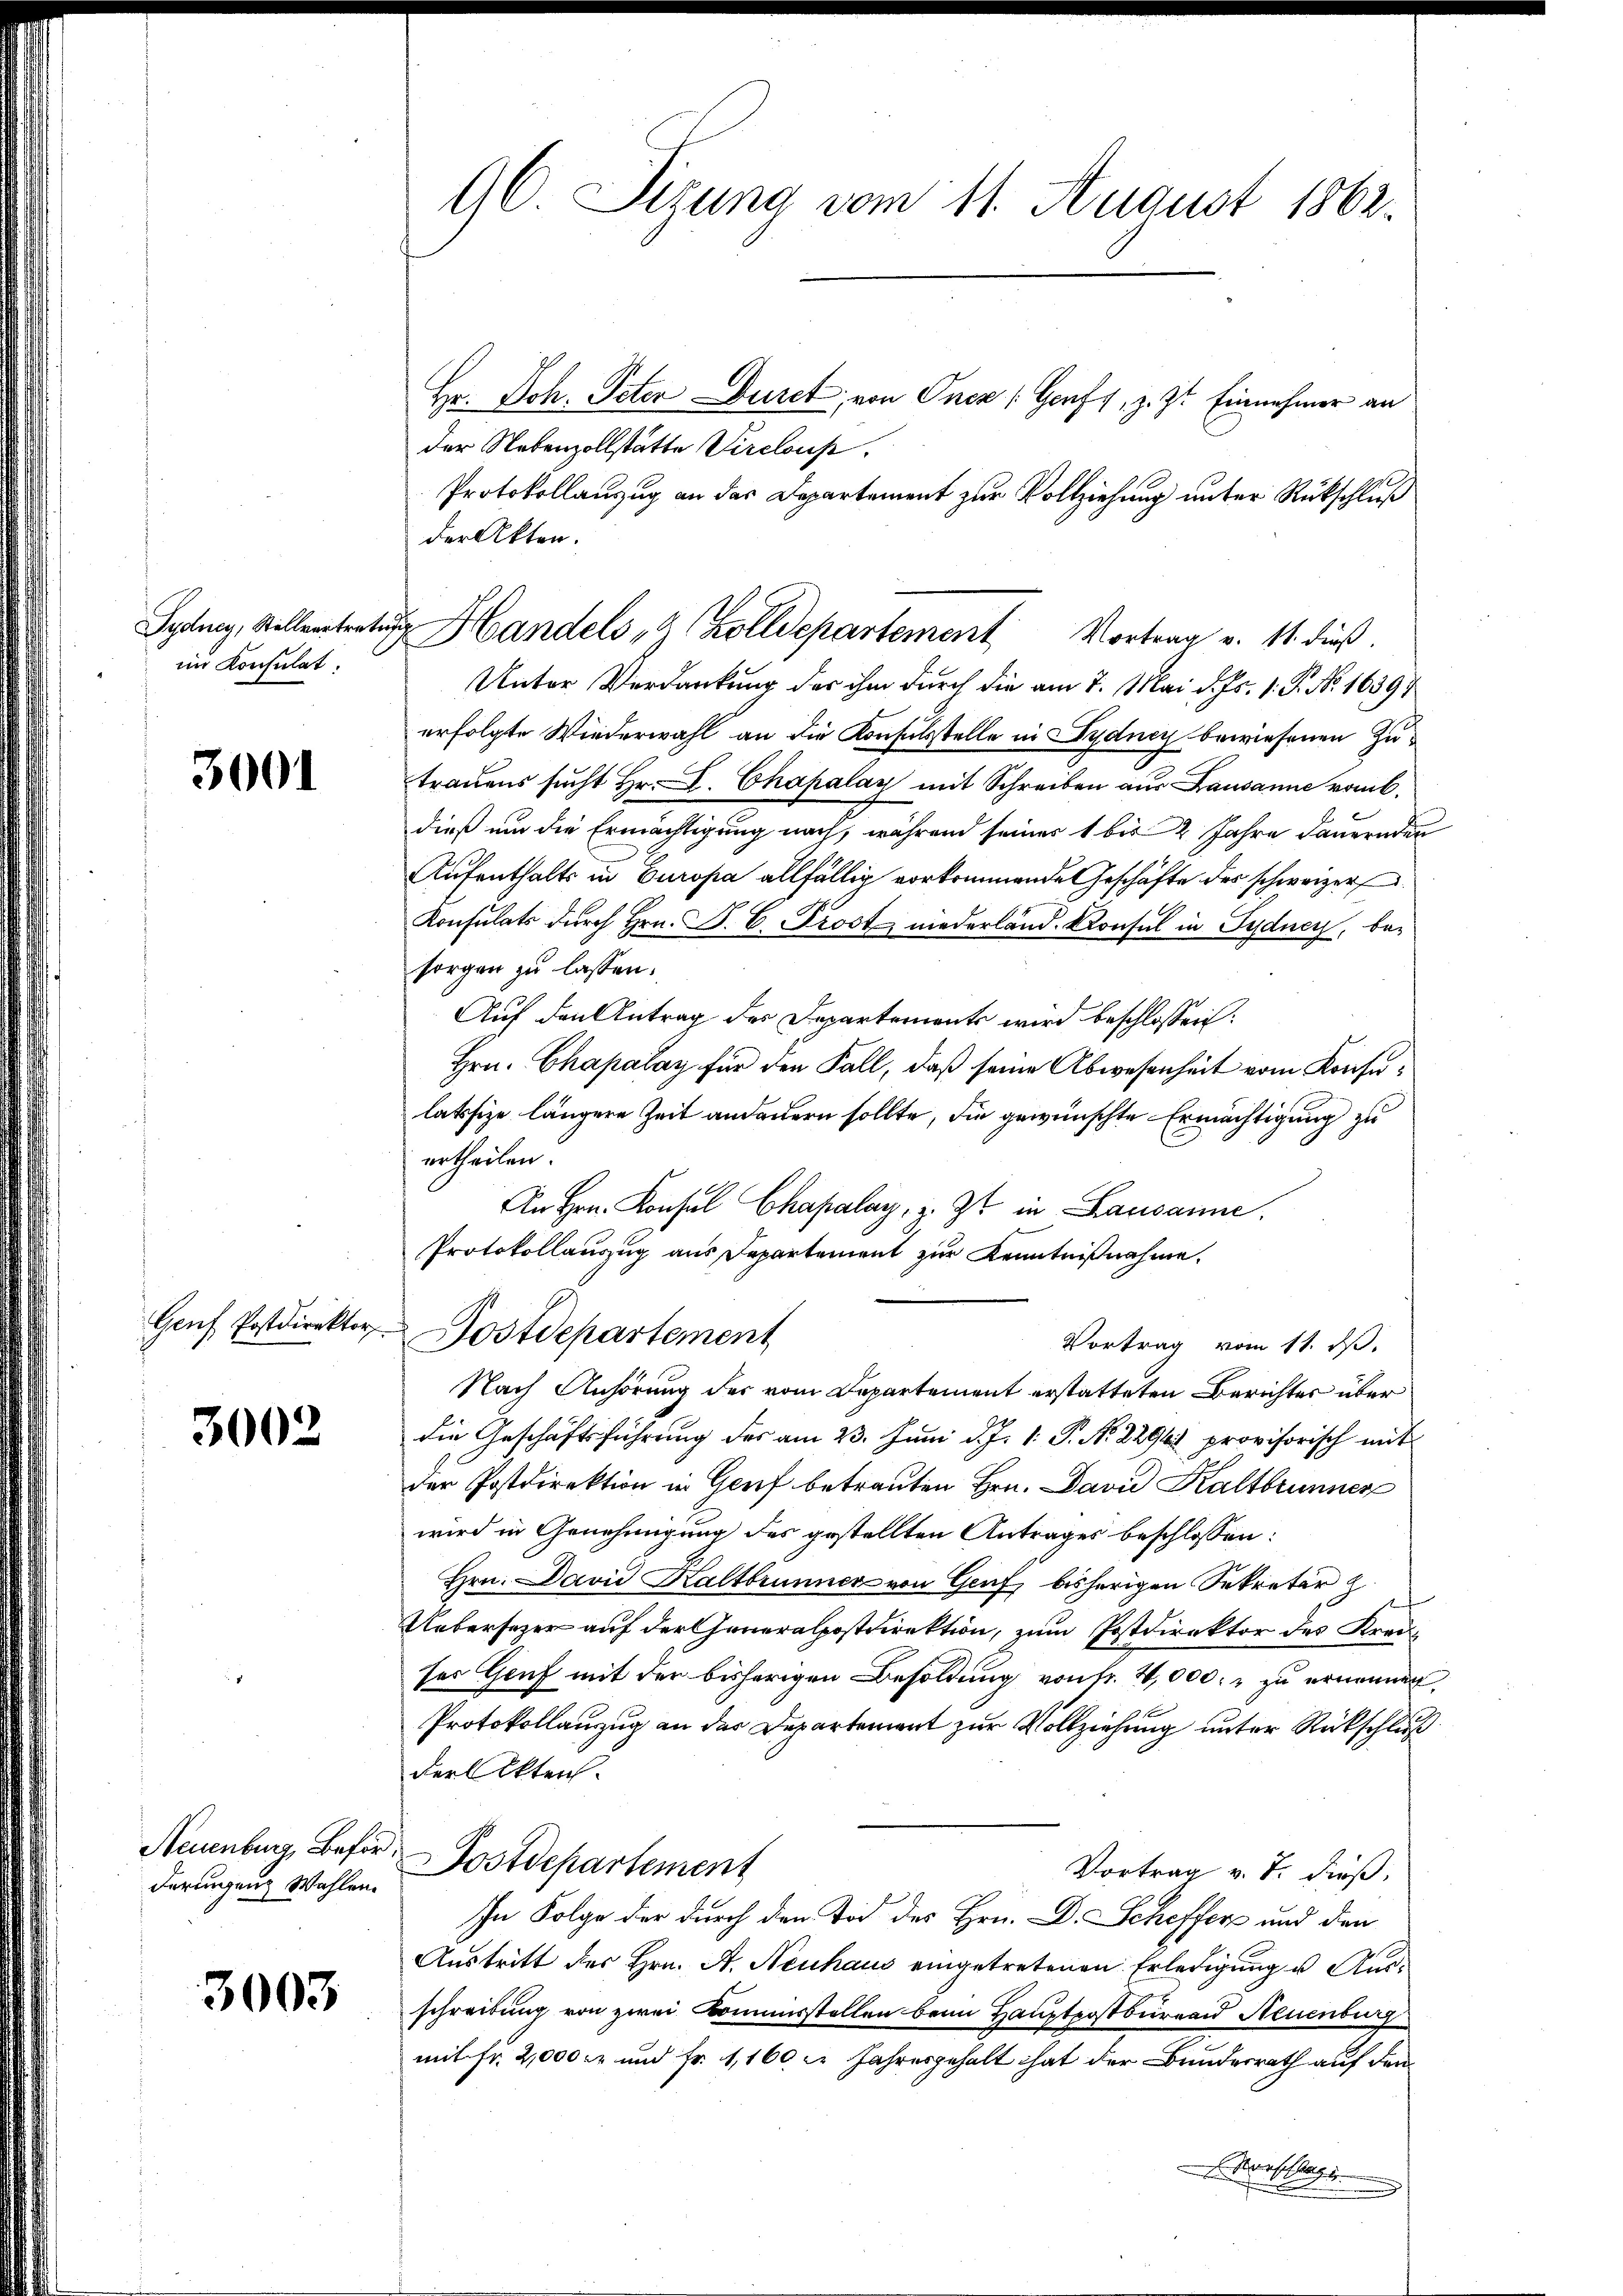
im Konsulat.

3001

Genf Postdirektor

3002

Neuenburg, Beförderingung Wahlen.

3003

96. Sizung vom 11. August 1862.

Hr. Joh. Peter Durch, von Oncz (Genft, z. Zt. Einnehmer an
der Nebenzollstätte Virclous.
Protokollanzug an das Departement zur Vollziehung unter Rückschluß
der Akten.
Unter Verdankung der ihm durch die am 7. Mai d. Js. 1. P. No. 16397
erfolgte Wiederwahl an die Konsulsstelle in Sydney bewiesenen Zutraŭens sucht Hr. L. Chapalay mit Schreiben aus Lausanne romb.
dieß um die Ermächtigung nach, während seiner 1 bis 2 Jahre dauernder
Aufenthalts in Europa allfällig vorkommende Geschäfte des schweizer
Konsulats durch Hrn. F. C. Prost niederland. Konsul in Sydney, besorgen zu lassen.
Auf den Antrag des Departements wird beschlossen:
Hrn. Chapalay für den Fall, daß seine Abwesenheit vom Konsulatfize längere Zeit andauern sollte, die gewünschte Ermächtigung zu
ertheilen.
An Hrn. Konsul Chapalay, z. Zt. in Lausanne.
Protokollauszug aus Departement zur Kenntnißnahme.
Postdepartement
Vortrag vom 11. ds.
Nach Anhörung der vom Departement erstatteten Berichtes über
die Geschäftsführung des am 23. Juni d. J. 1. P. Nr. 2296. provisorisch mit
der Postdirektion in Genf betrauten Hrn. David Kaltbrunner
wird in Genehmigung des gestellten Antrages beschlossen:
Hrn. David Kaltbrunner von Graf bisherigen Sekretär z.
Uebersezer auf der Generalpostdirektion, zum Postdirektor des Kreiser Genf mit der bisherigen Besoldung von Fr. 4,000. zu ernennen
Protokollanzug an der Departement zur Vollziehung unter Rückschluß
der Akten.
Postdepartement
Vortrag v. J. dieß,
In Folge der durch den Tod des Hrn. Dr. Scheffers und den
Austritt des Hrn. A. Neuhaus eingetretenen Erledigung u. Ausschreibung von zwei Kommisstellen beim Haupterstbürend Neuenburg
mit Fr. 2,000 er und Fr. 1,160 xr Jahresgehalt hat der Bundesrath auf den
ablage

Sydney, Stellentretŭng Handels " Zolldepartement Vortrag v. 11. dieß.